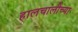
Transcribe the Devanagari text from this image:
हालचालीच्या